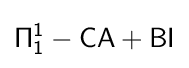
{\mathsf {\Pi _{1}^{1}-CA+BI}}